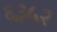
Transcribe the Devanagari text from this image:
६३५२